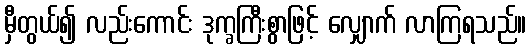
မှီတွယ်၍ လည်းကောင်း ဒုက္ခကြီးစွာဖြင့် လျှောက် လာကြရသည်။